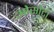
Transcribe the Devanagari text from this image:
ओसोटी